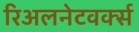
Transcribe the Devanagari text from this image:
रिअलनेटवर्क्स